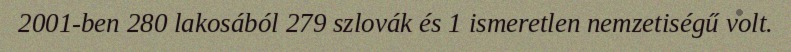
2001-ben 280 lakosából 279 szlovák és 1 ismeretlen nemzetiségű volt.